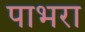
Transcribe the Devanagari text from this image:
पाभरा